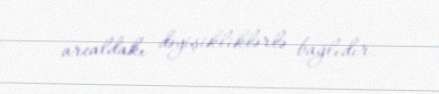
arealdakı dəyişikliklərlə bağlıdır.